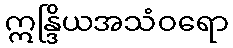
ဣန္ဒြိယအသံဝရော